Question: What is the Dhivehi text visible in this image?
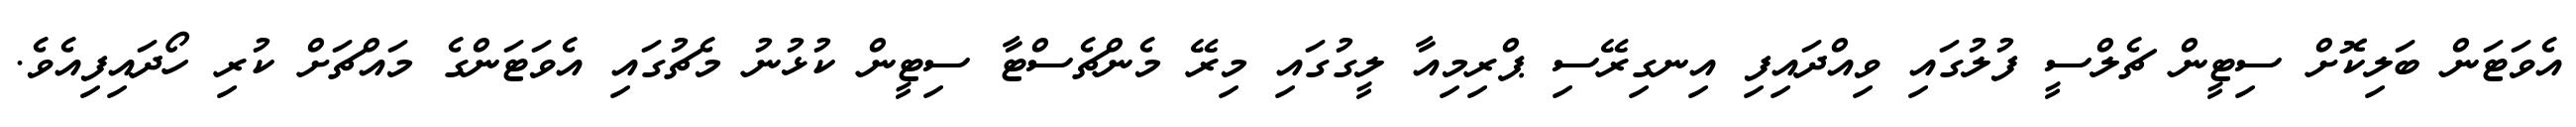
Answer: އެވަޓަން ބަލިކޮށް ސިޓީން ޗެލްސީ ފުލުގައި ވިއްދައިފި އިނގިރޭސި ޕްރިމިއާ ލީގުގައި މިރޭ މެންޗެސްޓާ ސިޓީން ކުޅުނު މެޗުގައި އެވަޓަންގެ މައްޗަށް ކުރި ހޯދައިފިއެވެ.